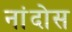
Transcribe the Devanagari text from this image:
नांदोस